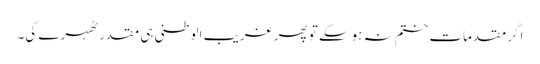
اگر مقدمات ختم نہ ہوسکے تو پھر غریب الوطنی ہی مقدر ٹھہرے گی۔